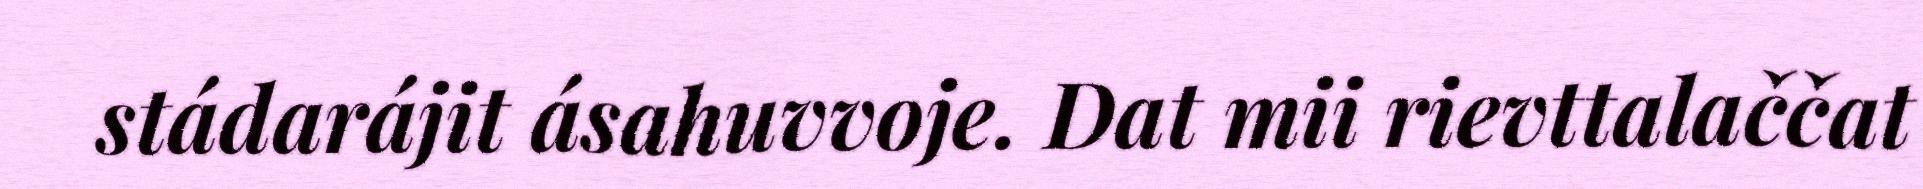
stádarájit ásahuvvoje. Dat mii rievttalaččat